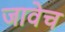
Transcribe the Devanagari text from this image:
जावेच